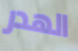
الهدر